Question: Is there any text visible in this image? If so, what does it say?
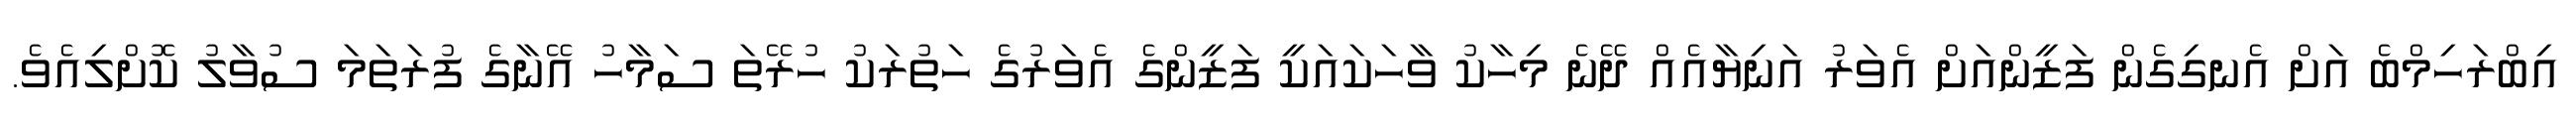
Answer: އިބްރަހިމްބެ އަށް އެނގިގެން ފަޒީންއަށް އެވަރު އަނިޔާއެއް ދޭނެ މިހާކު ވާހަކައަކީ ފަޒީންގެ އެވަރުގެ ހަތުރަކު ހުރޭތަ ސަމާހު އޭނާގެ ފުރަތަމަ ސުވާލު ކޮށްލިއެވެ.